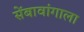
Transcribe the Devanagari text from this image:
सेंबावांगाला